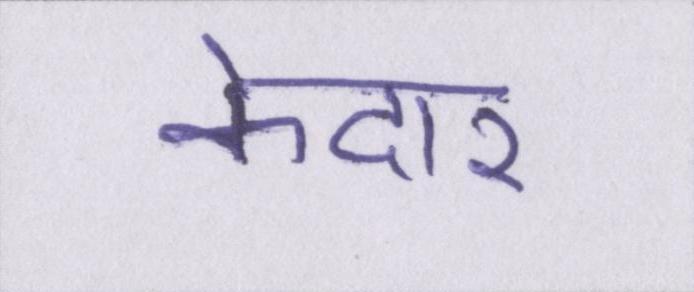
केदार